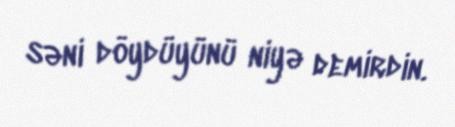
səni döydüyünü niyə demirdin.